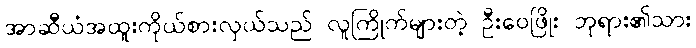
အာဆီယံအထူးကိုယ်စားလှယ်သည် လူကြိုက်များတဲ့ ဦးဝေဖြိုး ဘုရား၏သား